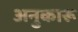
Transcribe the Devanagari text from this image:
अनुकारू